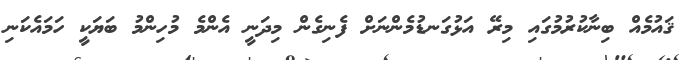
ޤައުމެއް ބިނާކުރުމުގައި މިރޭ އަޅުގަނޑުމެންނަށް ފެނިގެން މިދަނީ އެންމެ މުހިންމު ބަޔަކީ ހަމައެކަނި